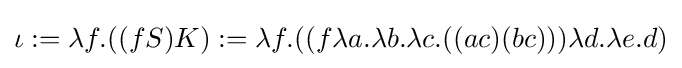
\iota :=\lambda f.((fS)K):=\lambda f.((f\lambda a.\lambda b.\lambda c.((ac)(bc)))\lambda d.\lambda e.d)